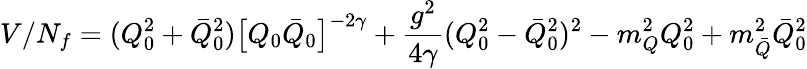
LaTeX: V/N_{f}=(Q_{0}^{2}+\bar{Q}_{0}^{2})\bigl[Q_{0}\bar{Q}_{0}\bigr]^{-2\gamma}+\frac{g^{2}}{4\gamma}(Q_{0}^{2}-\bar{Q}_{0}^{2})^{2}-m_{Q}^{2}Q_{0}^{2}+m_{\bar{Q}}^{2}\bar{Q}_{0}^{2}